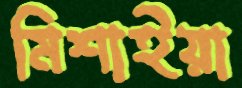
মিশাইয়া